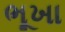
ભૂખા